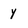
Character: y